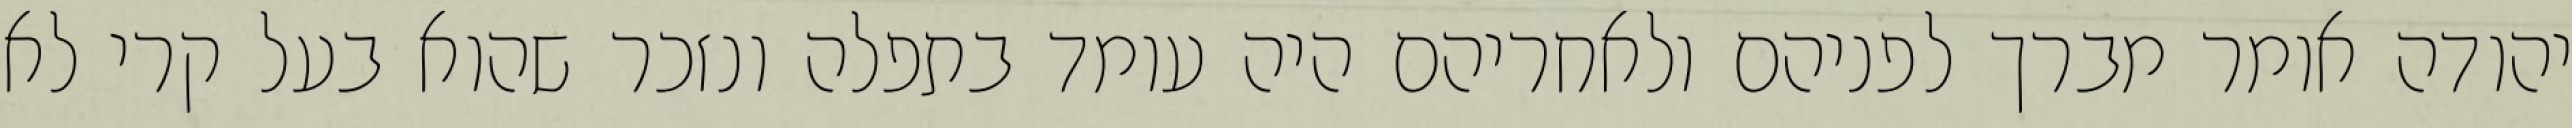
יהודה אומר מברך לפניהם ולאחריהם היה עומד בתפלה ונזכר שהוא בעל קרי לא